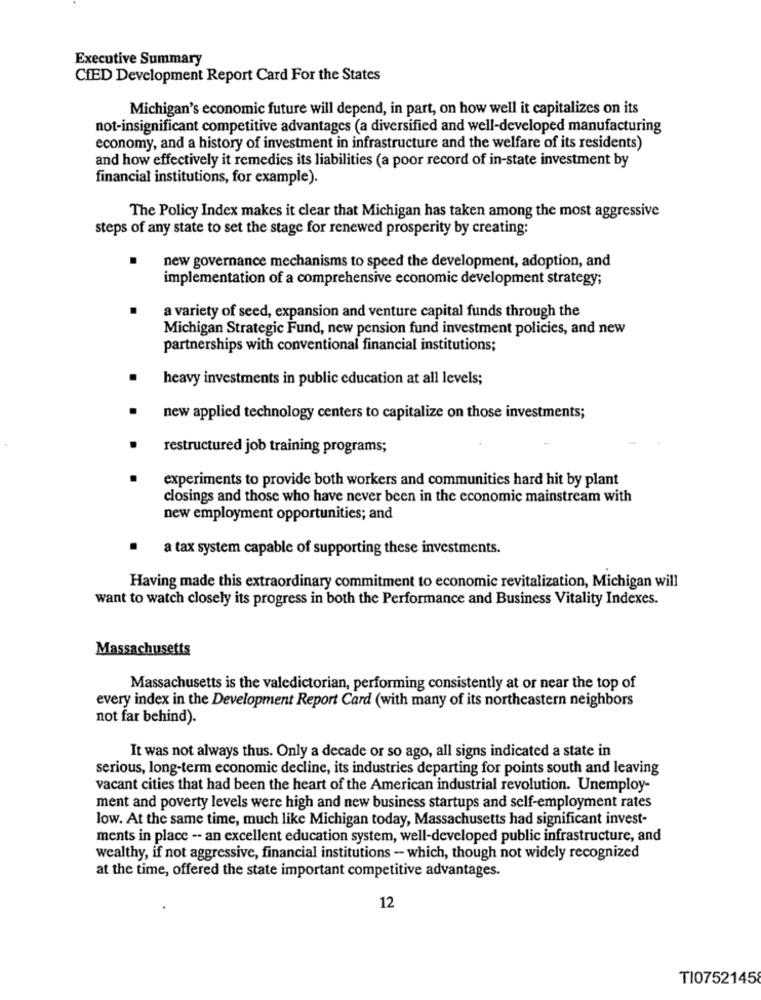
Executive Summary
CIED Development Report Card For the States
Michigan's economic future will depend, in part, on how well it capitalizes on its
not-insignificant competitive advantages (a diversified and well-developed manufacturing
economy, and a history of investment in infrastructure and the welfare of its residents)
and how effectively it remedies its liabilities (a poor record of in-state investment by
financial institutions, for example).
The Policy Index makes it clear that Michigan has taken among the most aggressive
steps of any state to set the stage for renewed prosperity by creating:
new governance mechanisms to speed the development, adoption, and
implementation of a comprehensive economic development strategy;
a variety of seed, expansion and venture capital funds through the
Michigan Strategic Fund, new pension fund investment policies, and new
partnerships with conventional financial institutions;
.
heavy investments in public education at all levels;
new applied technology centers to capitalize on those investments;
restructured job training programs;
experiments to provide both workers and communities hard hit by plant
closings and those who have never been in the economic mainstream with
new employment opportunities; and
a tax system capable of supporting these investments.
Having made this extraordinary commitment to economic revitalization, Michigan will
want to watch closely its progress in both the Performance and Business Vitality Indexes.
Massachusetts
Massachusetts is the valedictorian, performing consistently at or near the top of
every index in the Development Report Card (with many of its northeastern neighbors
not far behind).
It was not always thus. Only a decade or so ago, all signs indicated a state in
serious, long-term economic decline, its industries departing for points south and leaving
vacant cities that had been the heart of the American industrial revolution. Unemploy-
ment and poverty levels were high and new business startups and self-employment rates
low. At the same time, much like Michigan today, Massachusetts had significant invest-
ments in place -- an excellent education system, well-developed public infrastructure, and
wealthy, if not aggressive, financial institutions - which, though not widely recognized
at the time, offered the state important competitive advantages.
12
TI0752145